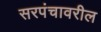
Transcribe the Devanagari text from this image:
सरपंचावरील